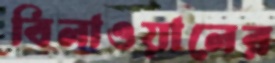
বিলাওয়ালের